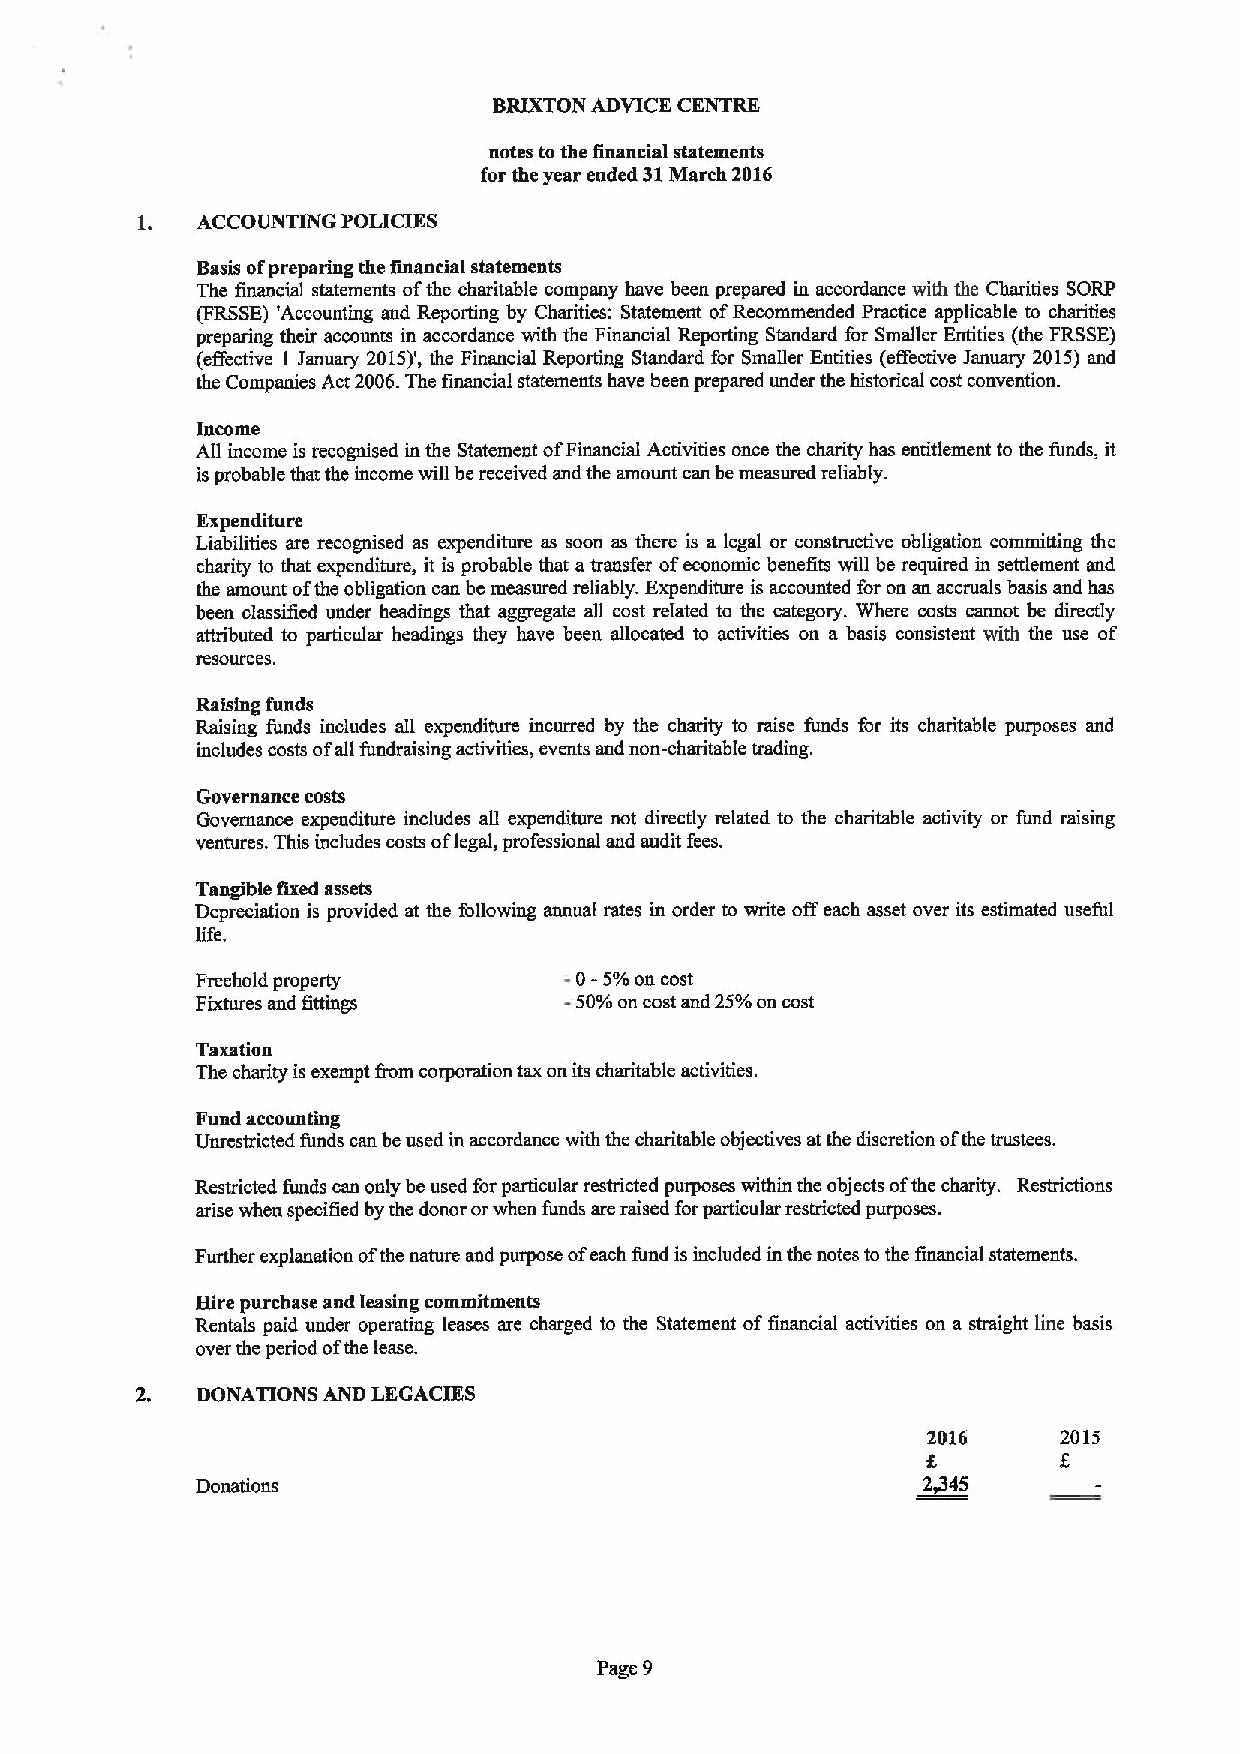
BRIXTON ADVICE CENTRE
 notes to the financial statements
 for the year ended 31March 2016
 1.  ACCOUNTING POLICIES
 Basis ofpreparing the financial statements
 The financial statements ofthe charitable company have been prepared in accordance with the Charities SORP
 (FRSSE) 'Accounting and Reporling by Charities: Statement ofRecommended Practice applicable to charities
 preparing their accounts in accordance with the Financial Reporting Standard for Smaller Entities (the FRSSE)
 (effective I January 2015)', the Financial Reporting Standard for Smaller Entities (effective January 2015)snd
 the Companies Act 2006.The financial statements have been prepared under the historical cost convention.
 Income
 All income is recognised in the Statement ofFinancial Activities once the charity has entitlement to the funds, it
 is probable that the income will be received and the amount can be measured reliably.
 Expenditure
 Liabilities are recognised as expenditure as soon as there is a legal or constructive obligation committing the
 charity to that expenditure, it is probable that atransfer ofeconomic benefits will be required in settlement and
 the amount ofthe obligation can be measured reliably. Expenditure is accounted for on an accruals basis and has
 been classified under headings that aggregate all cost related to the category. Where costs cannot be directly
 attributed to particular headings they have been allocated to activities on a basis consistent with the use of
 resources.
 Raising funds
 Raising funds includes all expenditure incurred by the charity to raise funds for its charitable purposes and
 includes costs ofall fundraising activities, events and non-charitable trading.
 Governance costs
 Governance expenditure includes all expenditure not directly related to the charitable activity or fund raising
 ventures. This includes costs oflegal, professional and audit fees.
 Tangible fixed assets
 Depreciation is provided at the following annual rates in order to write offeach asset over its estimated useful
 life.
 Freehold property        0-5%on cost
 Fixtures and fittings    50%on cost and 25%on cost
 Taxatian
 The charity is exempt fiom corporation tsxon its charitable activities.
 Fund accounting
 Unrestricted funds can be used in accordance with the charitable objectives atthe discretion ofthe trustees,
 Restricted funds can only be used for particular restricted purposes within the objects ofthe charity. Restrictions
 arise when specified by the donor orwhen funds are raised forparticular restricted purposes.
 Further explanation ofthe nature and purpose ofeach fund is included in the notes to the financial statements.
 Hire purchase and leasing commitments
 Rentals paid under operating leases are charged to the Statement offinancial activities on a straight line basis
 over the period ofthe lease.
 DONATIONS AND LEGACIES
 2016     2015
 Donations                                       2445
 Page 9